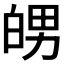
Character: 𤽲